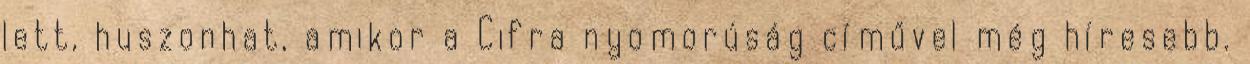
lett, huszonhat, amikor a Cifra nyomorúság cíművel még híresebb.